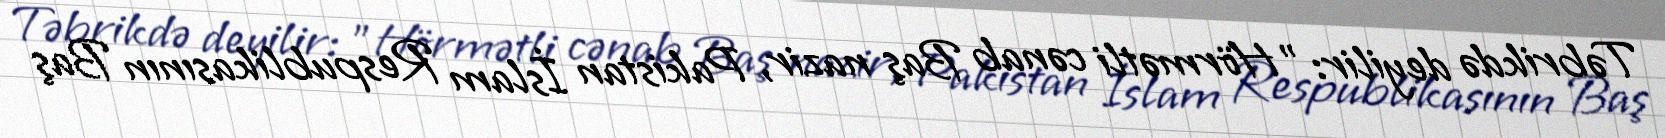
Təbrikdə deyilir: "Hörmətli cənab Baş nazir, Pakistan İslam Respublikasının Baş